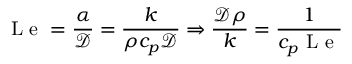
\mathrm { ~ L ~ e ~ } = \frac { \alpha } { \mathcal { D } } = \frac { k } { \rho c _ { p } \mathcal { D } } \Rightarrow \frac { \mathcal { D } \rho } { k } = \frac { 1 } { c _ { p } \mathrm { ~ L ~ e ~ } }